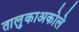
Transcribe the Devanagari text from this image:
तालुकाअकोले